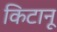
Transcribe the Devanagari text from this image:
किटानू